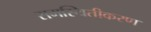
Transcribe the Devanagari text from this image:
समस्थितीकरण